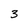
Character: 3